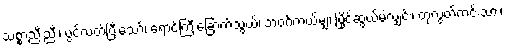
သစ္စာညီးညီး၊ ပွင့်လတ်ပြီးသော်၊ ရောင်ကြီးခြောက်သွယ်၊ ဘဝဂ်ကယ်မျှ၊ ပြိုင်ဆွယ်မဲ့လျှင်း၊ တုလွတ်ကင်းသား၊